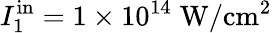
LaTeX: I_{1}^{\mathrm{in}}=1\times 10^{14}\; \mathrm{W/cm^{2}}